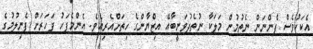
އެކަކުވެސް ފެންނަން ނެތުމުން މަލަކާ ނުތެދުވަނީބާއޭ އިޒްޔާންގެ ހިތަށްއެރިއެވެ. އެންމެފަހު ފަހަރަށް ފެނިލުމުގެ